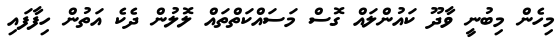
މިހެން މިބުނީ ވާދޫ ކައުންލައް ގޮސް މަސައްކަތްތައް ލޮލުން ދެކެ އަތުން ހިފާފައި